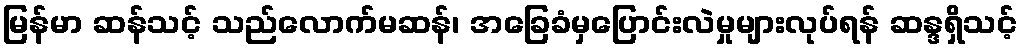
မြန်မာ ဆန်သင့် သည်လောက်မဆန်၊ အခြေခံမှပြောင်းလဲမှုများလုပ်ရန် ဆန္ဒရှိသင့်